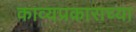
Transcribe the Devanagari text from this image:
काव्यप्रकाराच्या